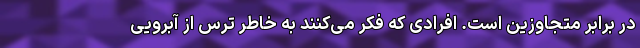
در برابر متجاوزین است. افرادی که فکر می‌کنند به خاطر ترس از آبرویی